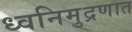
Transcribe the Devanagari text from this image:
ध्वनिमुद्रणात